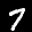
Label: 7